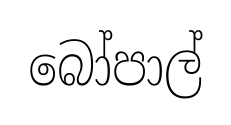
බෝපාල්